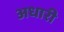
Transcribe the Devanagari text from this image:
अधारी